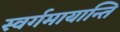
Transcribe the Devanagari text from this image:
स्वर्गमायान्ति